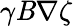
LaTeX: \gamma\mathit{B}\nabla\zeta